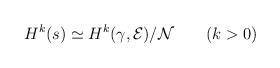
LaTeX: \begin{align*}H^k(s)\simeq H^k(\gamma,{\cal E})/{\cal N}\qquad (k>0)\end{align*}